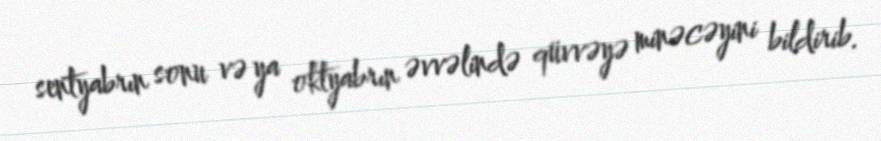
sentyabrın sonu və ya oktyabrın əvvəlində qüvvəyə minəcəyini bildirib.